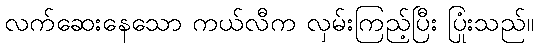
လက်ဆေးနေသော ကယ်လီက လှမ်းကြည့်ပြီး ပြုံးသည်။